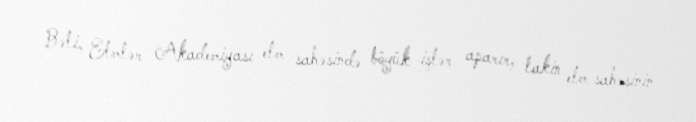
Bəli, Elmlər Akademiyası elm sahəsində böyük işlər aparır, lakin elm sahəsinin